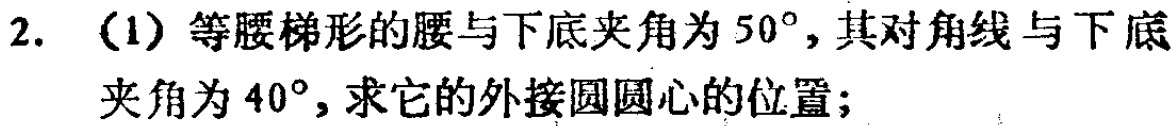
2. （1）等腰梯形的腰与下底夹角为\(50^{\circ}\)，其对角线与下底夹角为\(40^{\circ}\)，求它的外接圆圆心的位置；